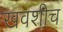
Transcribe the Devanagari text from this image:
खवशीच